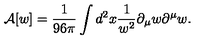
{ \cal A } [ w ] = { \frac { 1 } { 9 6 \pi } } \int d ^ { 2 } x { \frac { 1 } { w ^ { 2 } } } \partial _ { \mu } w \partial ^ { \mu } w .